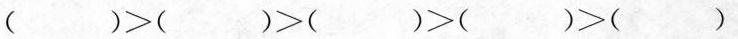
$$( ) > ( ) > ( ) > ( ) > ( )$$